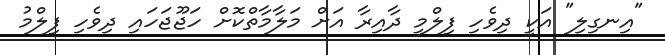
"އިނގިލި" އަކީ ދިވެހި ފިލްމީ ދާއިރާ އަށް މަލާމާތްކޮށް ހަޖޫޖަހައި ދިވެހި ފިލްމު